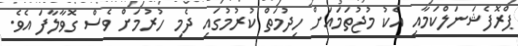
ޕްރޮފެޝަނަލްކަމާއި އެކު މުޖުތަމައަށް ހިދުމަތް ކުރުމުގައި ދެމި ހުރުމަށް ވެސް ގޮވާލާފަ އެވެ.